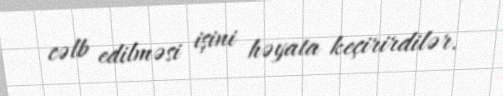
cəlb edilməsi işini həyata keçirirdilər.